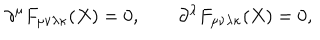
LaTeX: \partial ^ { \mu } F _ { \mu \nu \lambda \kappa } ( X ) = 0 , \qquad \partial ^ { \lambda } F _ { \mu \nu \lambda \kappa } ( X ) = 0 ,